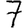
Digit: 7